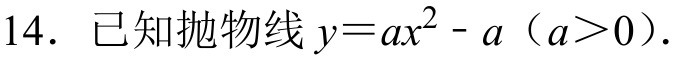
14. 已知抛物线\(y = ax^{2}-a\)（\(a>0\)）.